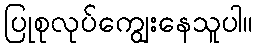
ပြုစုလုပ်ကျွေးနေသူပါ။